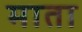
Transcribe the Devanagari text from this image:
माता